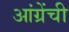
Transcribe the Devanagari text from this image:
आंग्रेंची